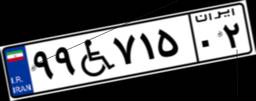
۵۴W۵۸۵۷۳